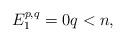
LaTeX: \begin{gather*}E^{p,q}_1 = 0 q < n ,\end{gather*}